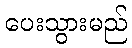
ပေးသွားမည်